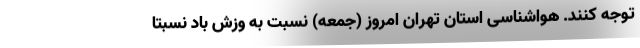
توجه کنند. هواشناسی استان تهران امروز (جمعه) نسبت به وزش باد نسبتاً